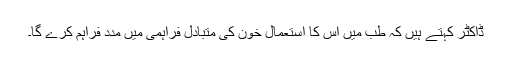
ڈاکٹر کہتے ہیں کہ طب میں اس کا استعمال خون کی متبادل فراہمی میں مدد فراہم کرے گا۔